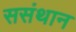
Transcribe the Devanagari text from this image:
ससंथान